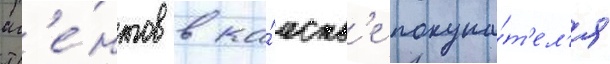
аг'е́нтов в ка́честв'е покупа́т'ел'я